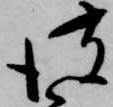
彼